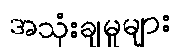
အသုံးချမှုများ